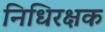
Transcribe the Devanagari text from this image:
निधिरक्षक